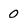
Character: 0